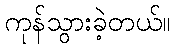
ကုန်သွားခဲ့တယ်။